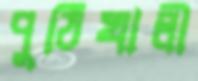
পুঠিখালী